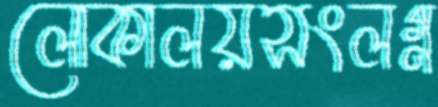
লোকালয়সংলগ্ন